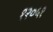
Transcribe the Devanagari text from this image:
१२०५१